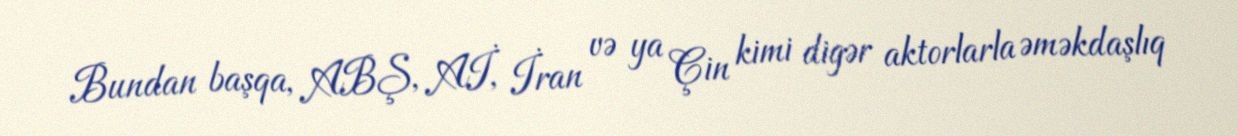
Bundan başqa, ABŞ, Aİ, İran və ya Çin kimi digər aktorlarla əməkdaşlıq